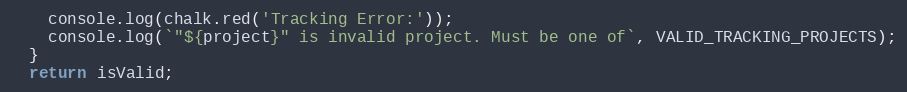
Language: JavaScript
    console.log(chalk.red('Tracking Error:'));
    console.log(`"${project}" is invalid project. Must be one of`, VALID_TRACKING_PROJECTS);
  }
  return isValid;